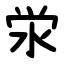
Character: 泶